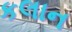
કલાન